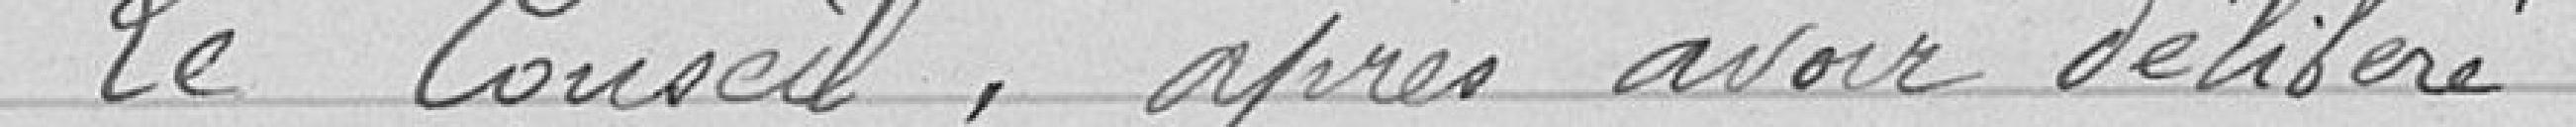
Le Conseil, après en avoir délibéré,